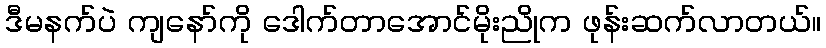
ဒီမနက်ပဲ ကျနော်ကို ဒေါက်တာအောင်မိုးညိုက ဖုန်းဆက်လာတယ်။